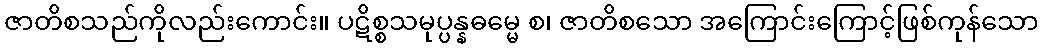
ဇာတိစသည်ကိုလည်းကောင်း။ ပဋိစ္စသမုပ္ပန္နဓမ္မေ စ၊ ဇာတိစသော အကြောင်းကြောင့်ဖြစ်ကုန်သော